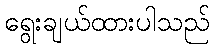
ရွေးချယ်ထားပါသည်